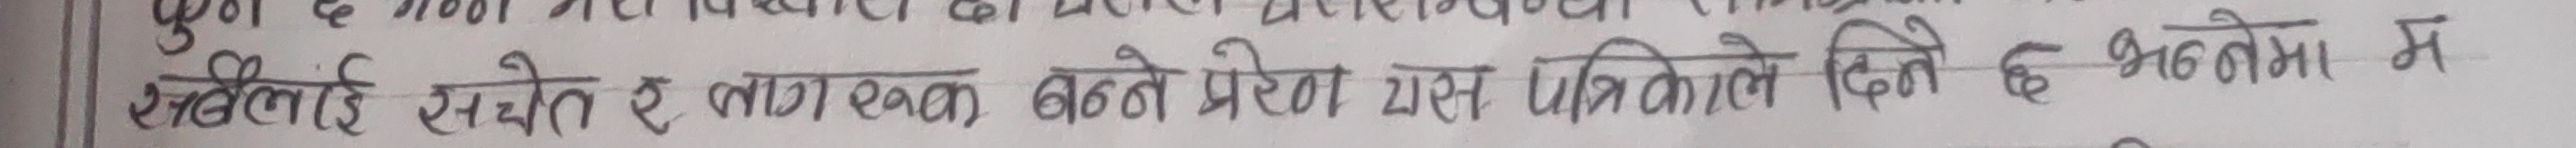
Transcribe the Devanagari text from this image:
सबैलाई सचेत र लागुपक्क बन्नै प्रेरेणा यस पत्रिकाले दिने छ भन्नेमा म